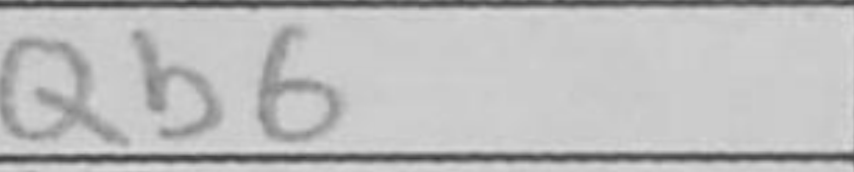
Transcription: Qb6